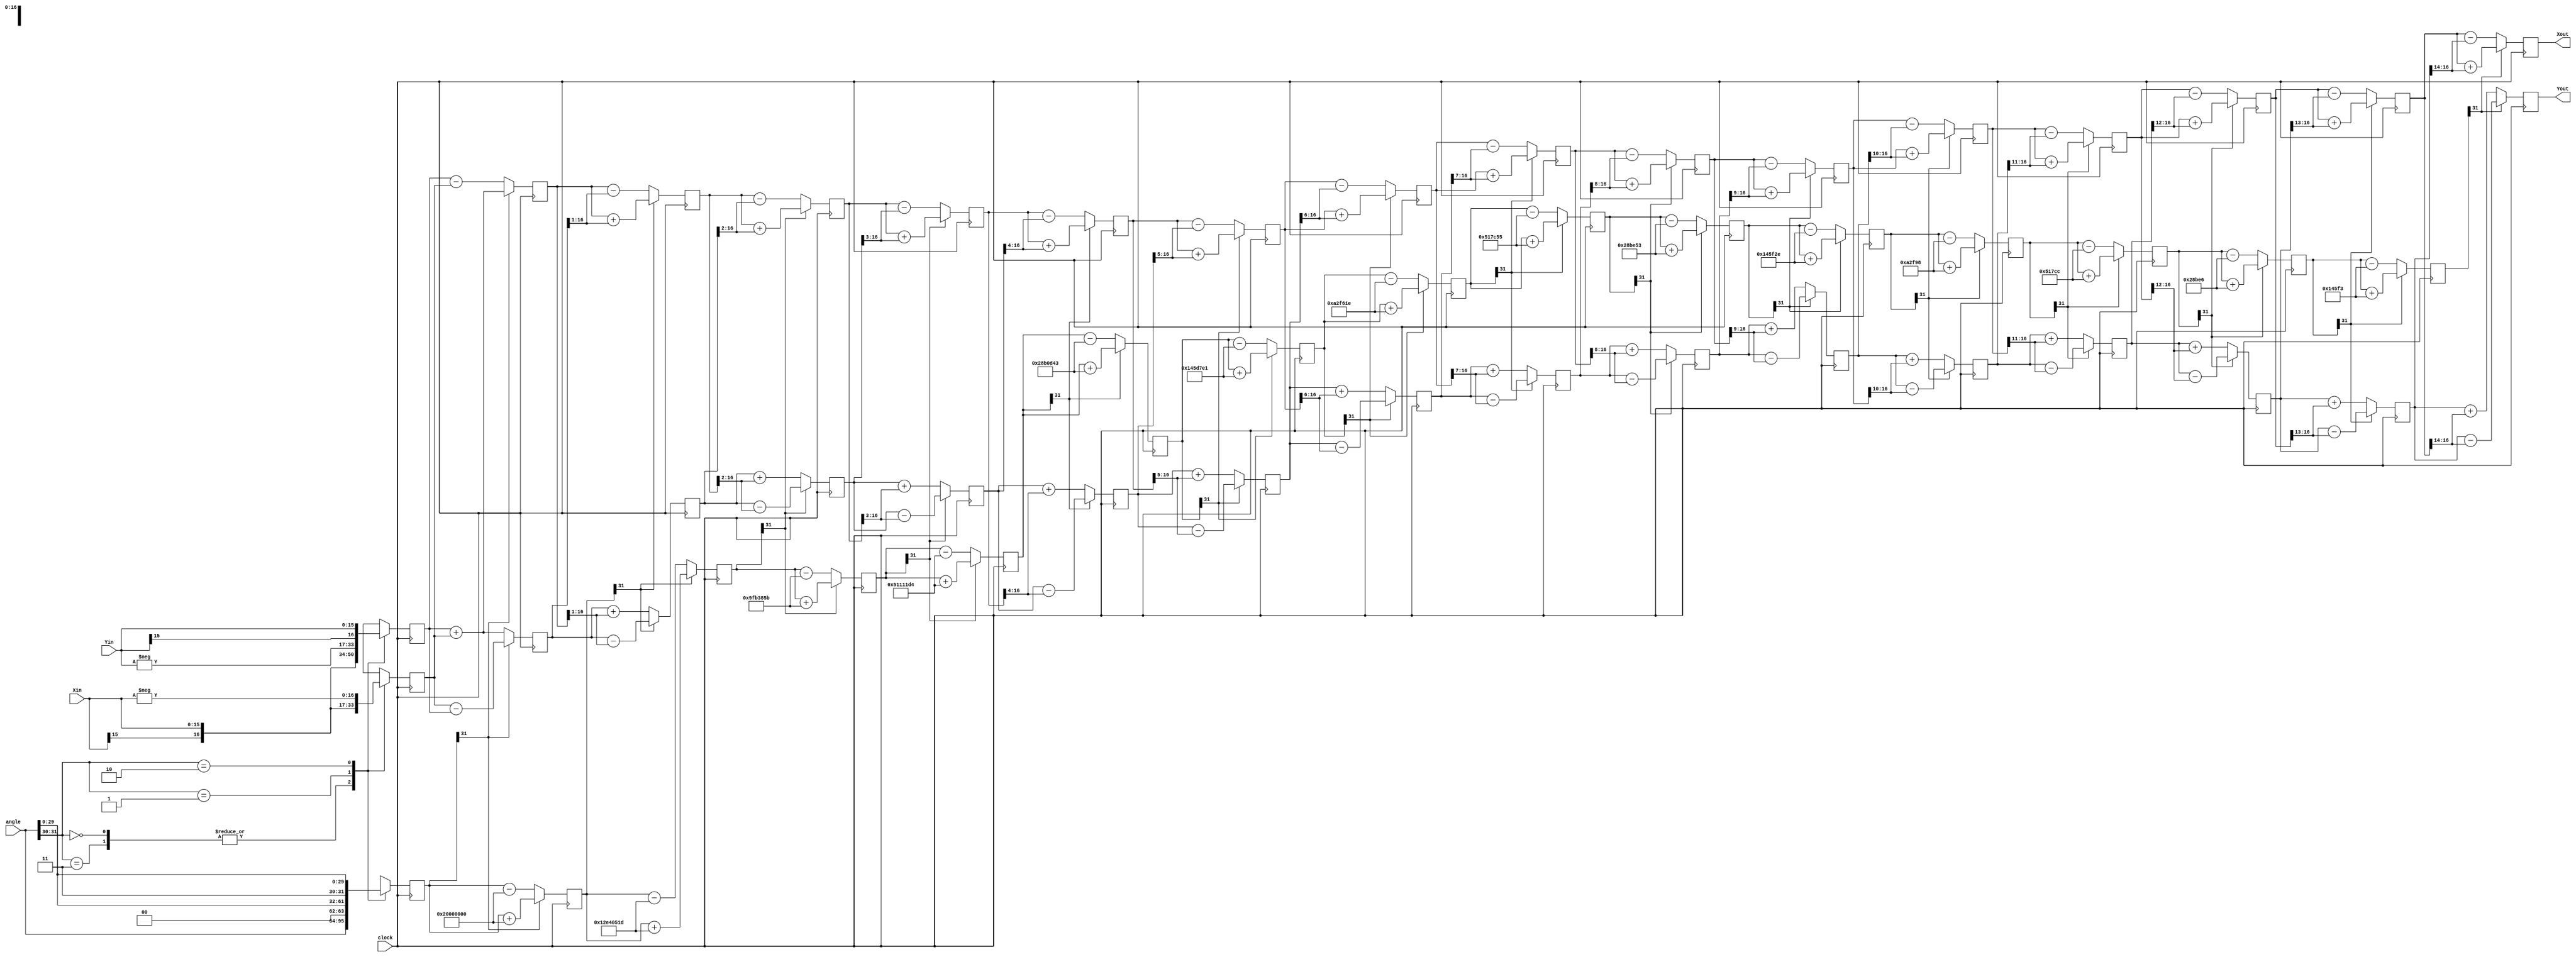
module cordic (
    clock,
    angle,
    Xin,
    Yin,
    Xout,
    Yout
);

    parameter size = 16 ;

    localparam stage = size ;

    input clock ;
    input signed [31:0] angle ;
    input signed [size-1:0] Xin ;
    input signed [size-1:0] Yin ;
    output signed [size:0] Xout ;
    output signed [size:0] Yout ;

    wire signed [31:0] atan_table [0:30] ;
    // arctan table
    // values in the table is represented in a 32 bit format
    // atan(2^0) = 45 deg = 45/360 * 2^32
    // atan(2^1) = 26.565 deg = 26.565/360 * 2^32
    assign atan_table[0] = 32'b00100000000000000000000000000000 ;
    assign atan_table[1] = 32'b00010010111001000000010100011101 ;
    assign atan_table[2] = 32'b00001001111110110011100001011011 ;
    assign atan_table[3] = 32'b00000101000100010001000111010100 ;
    assign atan_table[4] = 32'b00000010100010110000110101000011 ;
    assign atan_table[5] = 32'b00000001010001011101011111100001 ;
    assign atan_table[6] = 32'b00000000101000101111011000011110 ;
    assign atan_table[7] = 32'b00000000010100010111110001010101 ;
    assign atan_table[8] = 32'b00000000001010001011111001010011 ;
    assign atan_table[9] = 32'b00000000000101000101111100101110 ;
    assign atan_table[10] = 32'b00000000000010100010111110011000 ;
    assign atan_table[11] = 32'b00000000000001010001011111001100 ;
    assign atan_table[12] = 32'b00000000000000101000101111100110 ;
    assign atan_table[13] = 32'b00000000000000010100010111110011 ;
    assign atan_table[14] = 32'b00000000000000001010001011111001 ;
    assign atan_table[15] = 32'b00000000000000000101000101111100 ;
    assign atan_table[16] = 32'b00000000000000000010100010111110 ;
    assign atan_table[17] = 32'b00000000000000000001010001011111 ;
    assign atan_table[18] = 32'b00000000000000000000101000101111 ;
    assign atan_table[19] = 32'b00000000000000000000010100010111 ;
    assign atan_table[20] = 32'b00000000000000000000001010001011 ;
    assign atan_table[21] = 32'b00000000000000000000000101000101 ;
    assign atan_table[22] = 32'b00000000000000000000000010100010 ;
    assign atan_table[23] = 32'b00000000000000000000000001010001 ;
    assign atan_table[24] = 32'b00000000000000000000000000101000 ;
    assign atan_table[25] = 32'b00000000000000000000000000010100 ;
    assign atan_table[26] = 32'b00000000000000000000000000001010 ;
    assign atan_table[27] = 32'b00000000000000000000000000000101 ;
    assign atan_table[28] = 32'b00000000000000000000000000000010 ;
    assign atan_table[29] = 32'b00000000000000000000000000000001 ;
    assign atan_table[30] = 32'b00000000000000000000000000000000 ;


    reg signed [size:0] X [0:stage-1] ;
    reg signed [size:0] Y [0:stage-1] ;
    reg signed [31:0] Z [0:stage-1] ;



    // Stage 0 

    wire [1:0] quadrant ;

    assign quadrant = angle[31:30] ;

    always @(posedge clock) 
    begin
        case (quadrant)
            2'b00,
            2'b11:
            begin
                X[0] <= Xin ;
                Y[0] <= Yin ;
                Z[0] <= angle ;
            end 

            2'b01:
            begin
                X[0] <= -Yin ;
                Y[0] <= Xin ;
                Z[0] <= {2'b00,angle[29:0]};
            end

            2'b10:
            begin
                X[0] <= Yin ;
                Y[0] <= -Xin ;
                Z[0] <= {2'b11,angle[29:0]};
            end
        endcase
    end

    // Stages 1 to stage - 1

    genvar i ;
    generate
        for (i = 0 ; i < (stage - 1) ; i = i + 1) 
        begin: XYZ
            wire                 Z_sign ;
            wire signed [size:0] X_shr, Y_shr ;

            assign X_shr = X[i] >>> i ;
            assign Y_shr = Y[i] >>> i ;

            assign Z_sign = Z[i][31] ; 

            always @(posedge clock) 
            begin
                X[i+1] <= Z_sign ? X[i] + Y_shr  : X[i] - Y_shr ;
                Y[i+1] <= Z_sign ? Y[i] - X_shr  : Y[i] + X_shr ;
                Z[i+1] <= Z_sign ? Z[i] + atan_table[i]  : Z[i] - atan_table[i] ;    
            end
        end
    endgenerate

    // Output

    assign Xout = X[stage - 1] ;
    assign Yout = Y[stage - 1] ;

endmodule